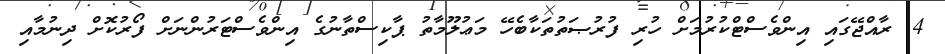
4. ރާއްޖޭގައި އިންވެސްޓްކުރުމަށް ހުރި ފުރުޞަތުތަކާބެހޭ މަޢުލޫމާތު ޕާކިސްތާނުގެ އިންވެސްޓަރުންނަށް ފޯރުކޮށް ދިނުމާއި